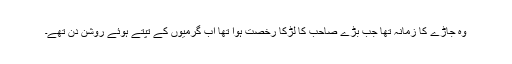
وہ جاڑے کا زمانہ تھا جب بڑے صاحب کا لڑکا رخصت ہوا تھا اب گرمیوں کے تپتے ہوئے روشن دن تھے۔